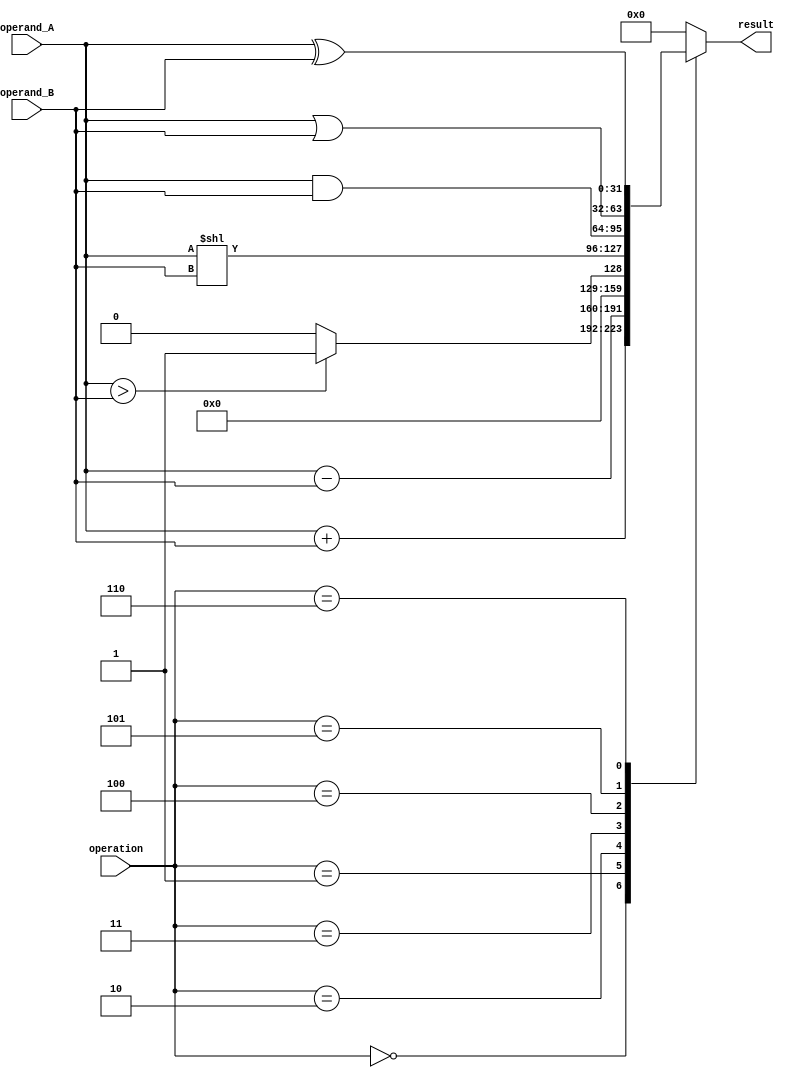
module ALU (
    input [31:0] operand_A,
    input [31:0] operand_B,
    input [3:0] operation,
    output reg [31:0] result
);

// Functional blocks
reg [31:0] adder_out;
reg [31:0] subtractor_out;
reg [31:0] comparator_out;
reg [31:0] shifter_out;
reg [31:0] and_out;
reg [31:0] or_out;
reg [31:0] xor_out;

// Perform operations based on control signals
always @(*) begin
    case(operation)
        4'd0: result = operand_A + operand_B; // Adder operation
        4'd1: result = operand_A - operand_B; // Subtractor operation
        4'd2: result = operand_A > operand_B ? 32'b1 : 32'b0; // Comparator operation
        4'd3: result = operand_A << operand_B; // Left shifter operation
        4'd4: result = operand_A & operand_B; // AND gate operation
        4'd5: result = operand_A | operand_B; // OR gate operation
        4'd6: result = operand_A ^ operand_B; // XOR gate operation
        default: result = 32'b0; // Default output
    endcase
end

endmodule